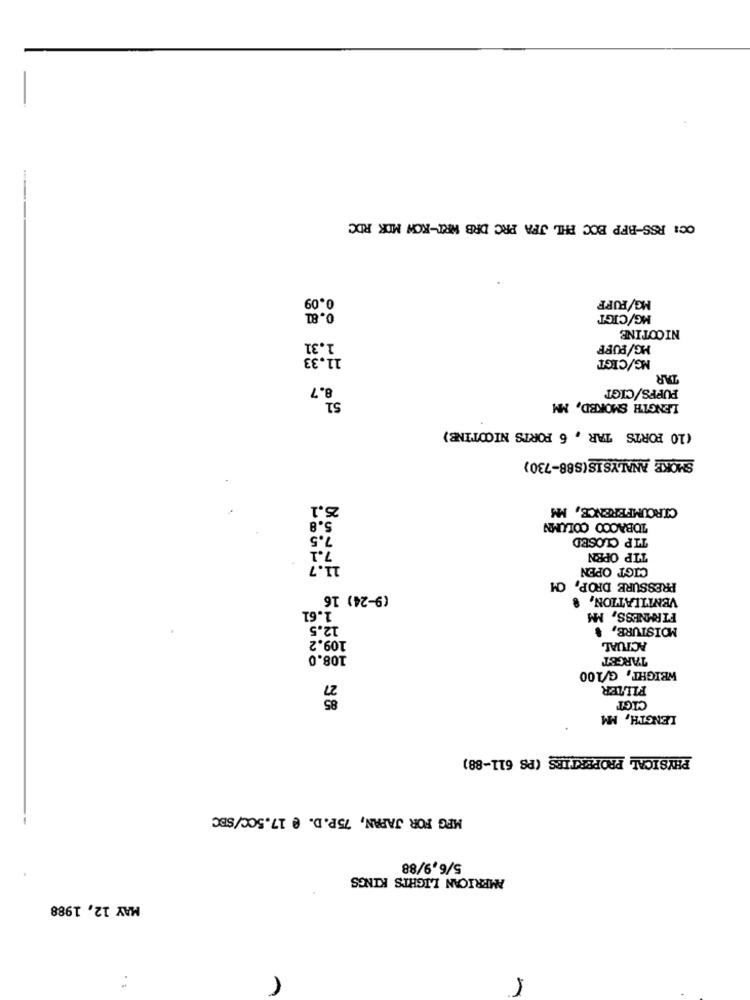
OC: RSS-BFP BOC PHL JFA PRC DRB WRT-KOW MDK RDC
0,09
MG/PUFF
0.82
MG/CIGT
NICOTINE
1.31
MG/PUFF
11.33
MG/CIGT
TAR
8.7
PUFFS/CIGT
51
LENGTH SMOKED, MM
(10 PORTS TAR , 6 FORTS NICOTINE)
SMOKE ANALYSIS(S88-730)
25.1
CIRCUMFERENCE, MM
5.8
TOBACCO COLUMN
7.5
TIP CLOSED
7.1
TIP OPEN
11.7
CIGT OPEN
PRESSURE DROP, C
(9-24) 16
VENTILATION,
1.61
FIRMNESS, MM
12.5
MOISTURE,
109.2
ACTUAL
108.0
TARGET
WEIGHT, G/100
27
FILTER
85
CIGT
LENGTH, MM
PHYSICAL PROPERTIES (PS 611-88)
MFG FOR JAPAN, 75P.D. @ 17.50C/SEC
5/6,9/88
AMERICAN LIGHTS KINGS
MAY 12, 1988